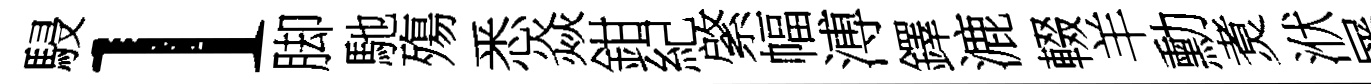
駸l脚馳殤悉焱鉗紀綮幅溥鐸漉輟羊勳煑洑屡